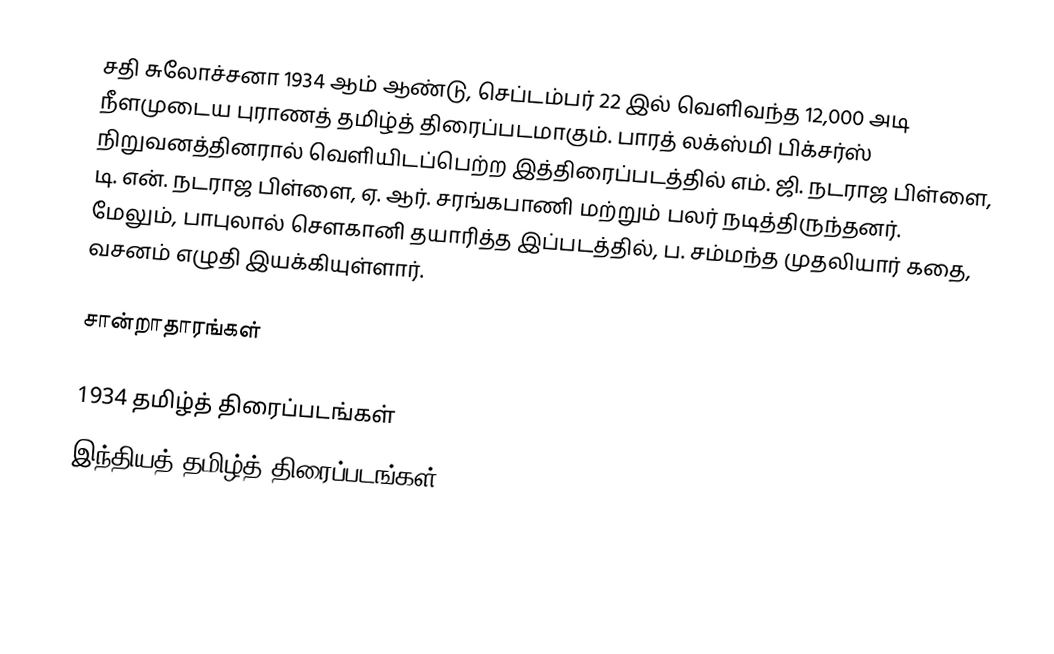
சதி சுலோச்சனா 1934 ஆம் ஆண்டு, செப்டம்பர் 22 இல் வெளிவந்த 12,000 அடி நீளமுடைய புராணத் தமிழ்த் திரைப்படமாகும். பாரத் லக்ஸ்மி பிக்சர்ஸ் நிறுவனத்தினரால் வெளியிடப்பெற்ற இத்திரைப்படத்தில் எம். ஜி. நடராஜ பிள்ளை,  டி. என். நடராஜ பிள்ளை, ஏ. ஆர். சரங்கபாணி மற்றும் பலர் நடித்திருந்தனர். மேலும், பாபுலால் சௌகானி தயாரித்த இப்படத்தில்,  ப. சம்மந்த முதலியார் கதை, வசனம் எழுதி இயக்கியுள்ளார்.

சான்றாதாரங்கள்

1934 தமிழ்த் திரைப்படங்கள்
இந்தியத் தமிழ்த் திரைப்படங்கள்